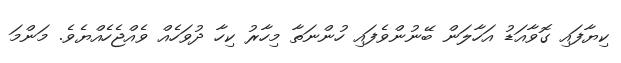
ކިޔާފައި ގޮވާއަޑު އަހާލަން ބޭނުންވެފައި ހުންނަތާ މިހާރު ކިހާ ދުވަހެއް ވެއްޖެހެއްޔެވެ. މަންމަ